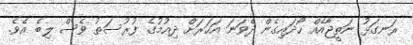
ރަނގަޅު ނަތީޖާއެއް ހޯދައިގެން ދެވަނަ އަހަރަށް ދިއުމުގެ ފުރުސަތު ވެސް ލިބެ އެވެ.